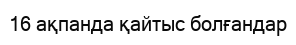
16 ақпанда қайтыс болғандар